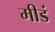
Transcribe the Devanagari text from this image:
मीडं